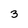
Character: 3